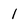
Character: l